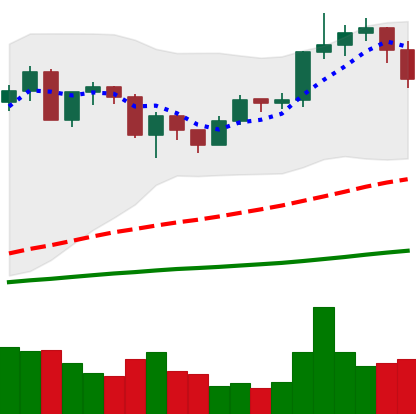
Ticker: ETH-USD
Chart end date: 2020-12-21
Forward return: 4.266%
Label: up_3_5